Report on the lunatic asylums under the Government of Bombay - 1904-1913
Year: 1904
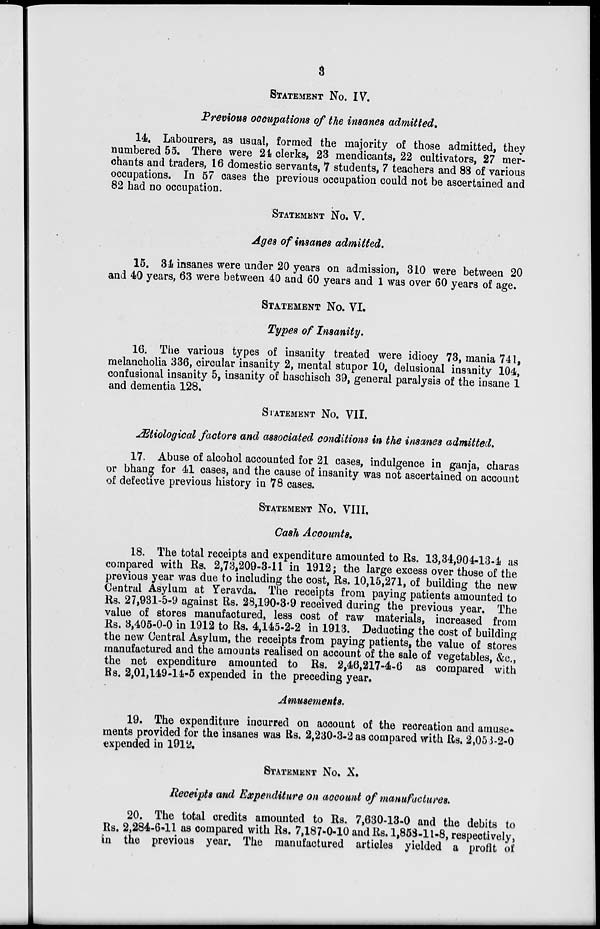
3
STATEMENT No. IV.
Previous occupations of the insanes admitted.
14. Labourers, as usual, formed the majority of those admitted, they
numbered 55. There were 24 clerks, 23 mendicants, 22 cultivators, 27 mer-
chants and traders, 16 domestic servants, 7 students, 7 teachers and 88 of various
occupations. In 57 cases the previous occupation could not be ascertained and
82 had no occupation.
STATEMENT No. V.
Ages of insanes admitted.
15. 34 insanes were under 20 years on admission, 310 were between 20
and 40 years, 63 were between 40 and 60 years and 1 was over 60 years of age.
STATEMENT No. VI.
Types of Insanity.
16. The various types of insanity treated were idiocy 73, mania 741,
melancholia 336, circular insanity 2, mental stupor 10, delusional insanity 104,
confusional insanity 5, insanity of haschisch 39, general paralysis of the insane 1
and dementia 128.
STATEMENT No. VII.
Ætiological factors and associated conditions in the insanes admitted.
17. Abuse of alcohol accounted for 21 cases, indulgence in ganja, charas
or bhang for 41 cases, and the cause of insanity was not ascertained on account
of defective previous history in 78 cases.
STATEMENT No. VIII.
Cash Accounts.
18. The total receipts and expenditure amounted to Rs. 13,34,904-13-4 as
compared with Rs. 2,73,209-3-11 in 1912; the large excess over those of the
previous year was due to including the cost, Rs. 10,15,271, of building the new
Central Asylum at Yeravda. The receipts from paying patients amounted to
Rs. 27,931-5-9 against Rs. 28,190-3-9 received during the previous year. The
value of stores manufactured, less cost of raw materials, increased from
Rs. 3,405-0-0 in 1912 to Rs. 4,145-2-2 in 1913. Deducting the cost of building
the new Central Asylum, the receipts from paying patients, the value of stores
manufactured and the amounts realised on account of the sale of vegetables, &c.,
the net expenditure amounted to Rs. 2,46,217-4-6 as compared with
Rs. 2,01,149-14-5 expended in the preceding year.
Amusements.
19. The expenditure incurred on account of the recreation and amuse-
ments provided for the insanes was Rs. 2,230-3-2 as compared with Rs. 2,053-2-0
expended in 1912.
STATEMENT No. X.
Receipts and Expenditure on account of manufactures.
20. The total credits amounted to Rs. 7,630-13-0 and the debits to
Rs. 2,284-6-11 as compared with Rs. 7,187-0-10 and Rs. 1,858-11-8, respectively,
in the previous year. The manufactured articles yielded a profit of